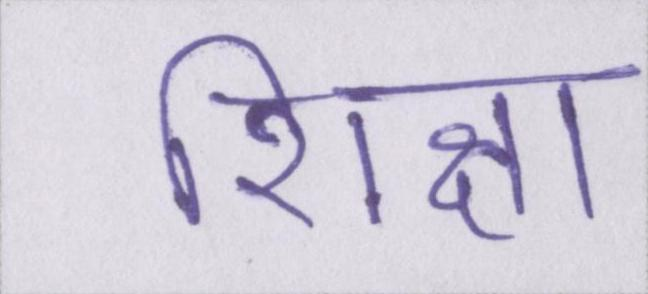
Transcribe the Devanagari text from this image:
शिक्षा